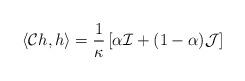
LaTeX: \begin{align*} \langle \mathcal{C} h , h \rangle = \frac{1}{\kappa}\left[ \alpha \mathcal{I} + (1-\alpha) \mathcal{J} \right] \end{align*}